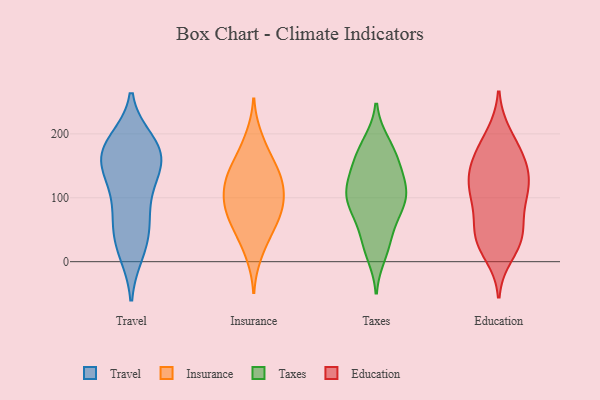
{"axis": {"x": "Production Output", "y": "Value"}, "legend": ["Education", "Insurance", "Taxes", "Travel"], "data": [{"x": "", "y": 149, "type": "Travel"}, {"x": "", "y": 172, "type": "Travel"}, {"x": "", "y": 64, "type": "Travel"}, {"x": "", "y": 160, "type": "Travel"}, {"x": "", "y": 63, "type": "Travel"}, {"x": "", "y": 170, "type": "Travel"}, {"x": "", "y": 19, "type": "Travel"}, {"x": "", "y": 177, "type": "Travel"}, {"x": "", "y": 188, "type": "Travel"}, {"x": "", "y": 47, "type": "Travel"}, {"x": "", "y": 15, "type": "Travel"}, {"x": "", "y": 137, "type": "Travel"}, {"x": "", "y": 122, "type": "Travel"}, {"x": "", "y": 181, "type": "Travel"}, {"x": "", "y": 103, "type": "Travel"}, {"x": "", "y": 39, "type": "Insurance"}, {"x": "", "y": 195, "type": "Insurance"}, {"x": "", "y": 128, "type": "Insurance"}, {"x": "", "y": 141, "type": "Insurance"}, {"x": "", "y": 72, "type": "Insurance"}, {"x": "", "y": 121, "type": "Insurance"}, {"x": "", "y": 148, "type": "Insurance"}, {"x": "", "y": 91, "type": "Insurance"}, {"x": "", "y": 11, "type": "Insurance"}, {"x": "", "y": 88, "type": "Insurance"}, {"x": "", "y": 173, "type": "Insurance"}, {"x": "", "y": 103, "type": "Insurance"}, {"x": "", "y": 53, "type": "Insurance"}, {"x": "", "y": 96, "type": "Insurance"}, {"x": "", "y": 65, "type": "Insurance"}, {"x": "", "y": 136, "type": "Insurance"}, {"x": "", "y": 184, "type": "Taxes"}, {"x": "", "y": 186, "type": "Taxes"}, {"x": "", "y": 107, "type": "Taxes"}, {"x": "", "y": 148, "type": "Taxes"}, {"x": "", "y": 11, "type": "Taxes"}, {"x": "", "y": 72, "type": "Taxes"}, {"x": "", "y": 90, "type": "Taxes"}, {"x": "", "y": 27, "type": "Taxes"}, {"x": "", "y": 56, "type": "Taxes"}, {"x": "", "y": 89, "type": "Taxes"}, {"x": "", "y": 28, "type": "Taxes"}, {"x": "", "y": 167, "type": "Taxes"}, {"x": "", "y": 90, "type": "Taxes"}, {"x": "", "y": 130, "type": "Taxes"}, {"x": "", "y": 141, "type": "Taxes"}, {"x": "", "y": 113, "type": "Taxes"}, {"x": "", "y": 160, "type": "Taxes"}, {"x": "", "y": 109, "type": "Taxes"}, {"x": "", "y": 106, "type": "Taxes"}, {"x": "", "y": 159, "type": "Education"}, {"x": "", "y": 193, "type": "Education"}, {"x": "", "y": 156, "type": "Education"}, {"x": "", "y": 105, "type": "Education"}, {"x": "", "y": 161, "type": "Education"}, {"x": "", "y": 104, "type": "Education"}, {"x": "", "y": 161, "type": "Education"}, {"x": "", "y": 36, "type": "Education"}, {"x": "", "y": 93, "type": "Education"}, {"x": "", "y": 199, "type": "Education"}, {"x": "", "y": 44, "type": "Education"}, {"x": "", "y": 118, "type": "Education"}, {"x": "", "y": 128, "type": "Education"}, {"x": "", "y": 112, "type": "Education"}, {"x": "", "y": 48, "type": "Education"}, {"x": "", "y": 28, "type": "Education"}, {"x": "", "y": 11, "type": "Education"}, {"x": "", "y": 132, "type": "Education"}, {"x": "", "y": 64, "type": "Education"}, {"x": "", "y": 33, "type": "Education"}]}